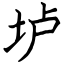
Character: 垆